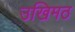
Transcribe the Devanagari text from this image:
उखिमठ